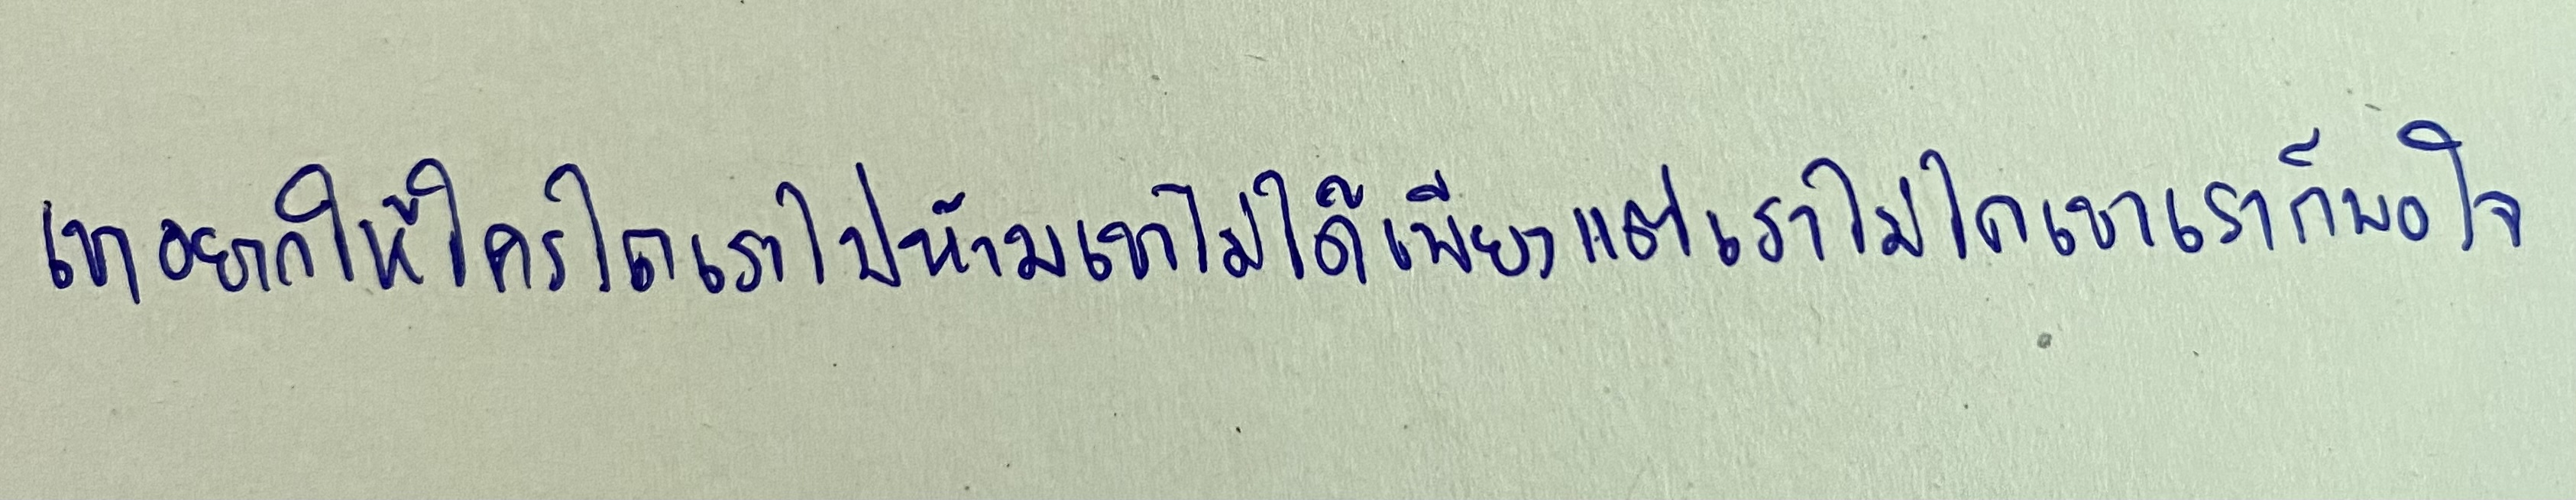
เขาอยากให้ใครไถเราไปห้ามเขาไม่ได้เพียงแต่เราไม่ไถเขาเราก็พอใจ